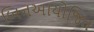
બિનઆયોજિત